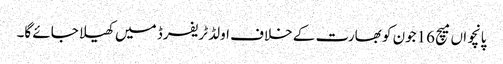
پانچواں میچ 16جون کو بھارت کے خلاف اولڈ ٹریفرڈ میں کھیلا جائے گا۔